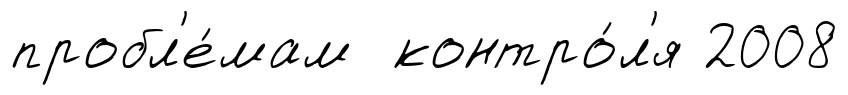
пробл'е́мам контро́л'я 2008